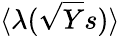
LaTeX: \langle\lambda(\sqrt{Y}s)\rangle